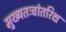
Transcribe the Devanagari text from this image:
मुख्‍यतःवांतरिक्ष